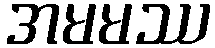
အမမဿ